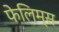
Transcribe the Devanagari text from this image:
फेलिम्स